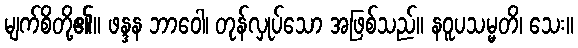
မျက်စိတို့၏။ ဖန္ဒန ဘာဝေါ၊ တုန်လှုပ်သော အဖြစ်သည်။ နဝူပသမ္မတိ၊ သေး။